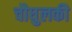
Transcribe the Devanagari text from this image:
चौघुलकी